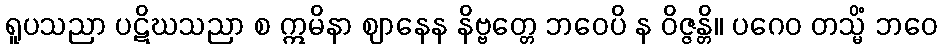
ရူပသညာ ပဋိဃသညာ စ ဣမိနာ ဈာနေန နိဗ္ဗတ္တေ ဘဝေပိ န ဝိဇ္ဇန္တိ။ ပဂေဝ တသ္မိံ ဘဝေ